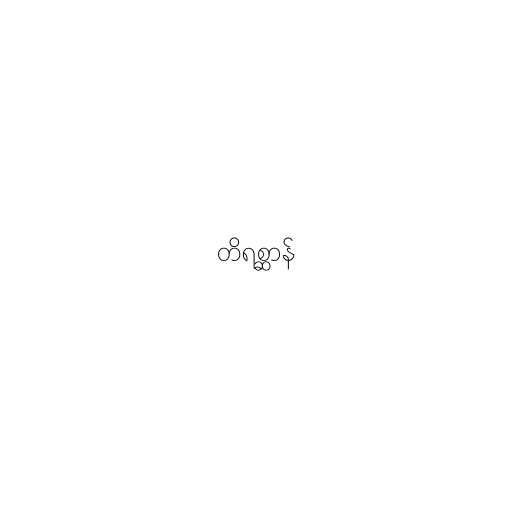
တိရစ္ဆာန်